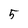
Character: 5